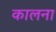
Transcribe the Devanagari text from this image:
कालना